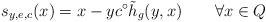
LaTeX: \begin{align*} s_{y,e,c}(x)=x-yc^\circ \tilde{h}_g(y,x)\qquad\forall x\in Q \end{align*}